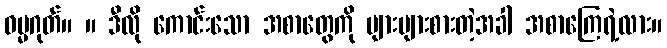
ဓမ္မဂုတ်။ ။ ဒီလို ကောင်းသော အစာတွေကို များများစားတဲ့အခါ အစာကြေရဲ့လား။